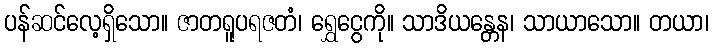
ပန်ဆင်လေ့ရှိသော။ ဇာတရူပရဇတံ၊ ရွှေငွေကို။ သာဒိယန္တေန၊ သာယာသော။ တယာ၊